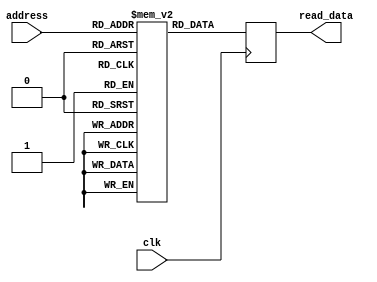
module Kernal(input clk, input [2:0] address, output reg [7:0] read_data
    );

reg [7:0] memory [6:0];

initial
 begin
	memory [0]=8'b00000001;
	memory [1]=8'b00001010;
	memory [2]=8'b00110010;
	memory [3]=8'b01100100;
	memory [4]=8'b00110010;
	memory [5]=8'b00001010;
	memory [6]=8'b00000001;
	
 end
 
 
always@(posedge clk)
begin
	
		read_data = memory [address];
	
end

endmodule